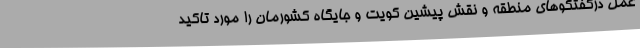
عمل درگفتگوهای منطقه و نقش پیشین کویت و جایگاه کشورمان را مورد تاکید